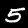
Label: 5